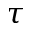
\tau